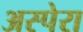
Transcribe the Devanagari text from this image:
अस्पेरा